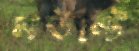
মাউন্টে